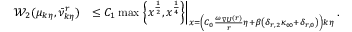
\begin{array} { r l } { \mathcal { W } _ { 2 } ( \mu _ { k \eta } , \Bar { \nu } _ { k \eta } ^ { r } ) } & { \le C _ { 1 } \operatorname* { m a x } \left. \left\{ x ^ { \frac { 1 } { 2 } } , x ^ { \frac { 1 } { 4 } } \right\} \right| _ { x = \left( C _ { 0 } \frac { \omega _ { \nabla U } ( r ) } { r } \eta + \beta \left( \delta _ { r , 2 } \kappa _ { \infty } + \delta _ { r , 0 } \right) \right) k \eta } . } \end{array}